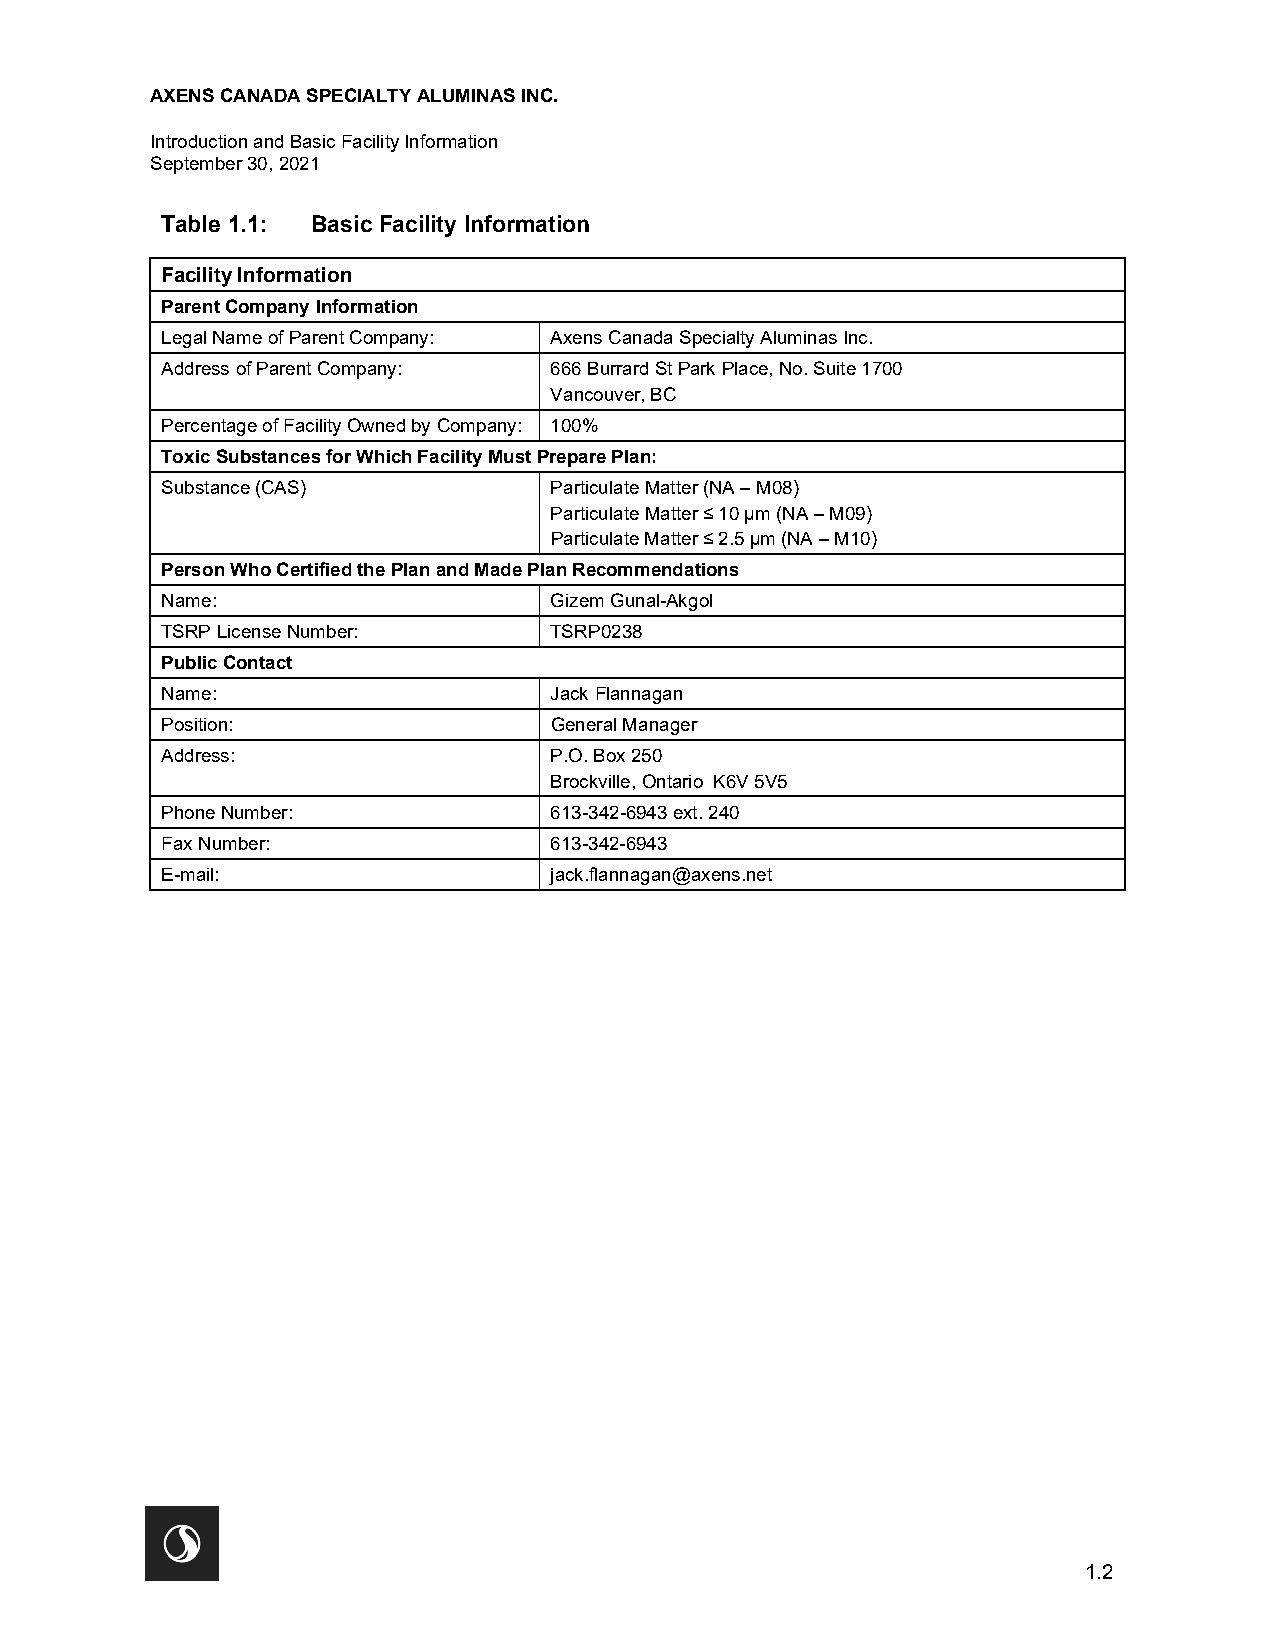
AXENS CANADA SPECIALTY ALUMINAS INC.
 Introduction and Basic Facility Information
 September 30, 2021
 Table 1.1: Basic Facility Information
 Facility Information
 Parent Company Information
 Legal Name of Parent Company: Axens Canada Specialty Aluminas Inc.
 Address of Parent Company: 666 Burrard St Park Place, No. Suite 1700
 Vancouver, BC
 Percentage of Facility Owned by Company: 100%
 Toxic Substances for Which Facility Must Prepare Plan:
 Substance (CAS)          Particulate Matter (NA – M08)
 Particulate Matter ≤ 10 µm (NA – M09)
 Particulate Matter ≤ 2.5 µm (NA – M10)
 Person Who Certified the Plan and Made Plan Recommendations
 Name:                    Gizem Gunal-Akgol
 TSRP License Number:     TSRP0238
 Public Contact
 Name:                    Jack Flannagan
 Position:                General Manager
 Address:                 P.O. Box 250
 Brockville, Ontario K6V 5V5
 Phone Number:            613-342-6943 ext. 240
 Fax Number:              613-342-6943
 E-mail:                  jack.flannagan@axens.net
 1.2